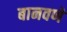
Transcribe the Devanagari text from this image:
बानवणे